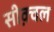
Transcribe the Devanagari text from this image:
सीक़्वल